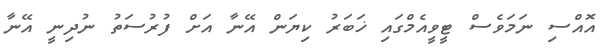
އޮއްސި ނަމަވެސް ޓީވީއެމްގައި ޚަބަރު ކިޔަން އޭނާ އަށް ފުރުސަތު ނުދިނީ އޭނާ